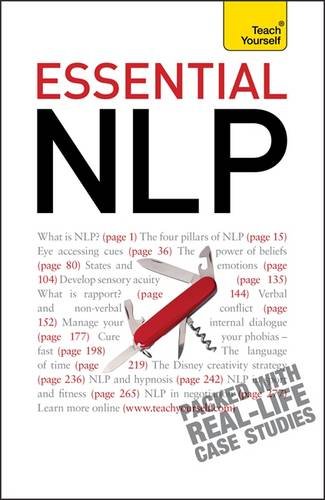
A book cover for Essential NLP (Teach Yourself); Amanda Vickers; Self-Help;